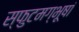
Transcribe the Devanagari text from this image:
स्फुटमग्भूषां